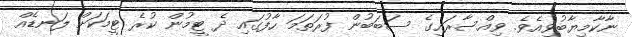
ނާކާމިޔާބުވިއެވެ. ވިއްސާރައިގެ ސަބަބުން ފުރަތަމަ ހާފުގައި ދެ ޓީމުން ކުރެ ޓީމަކަށް ލަނޑެއް